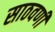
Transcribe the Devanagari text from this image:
साठवणी